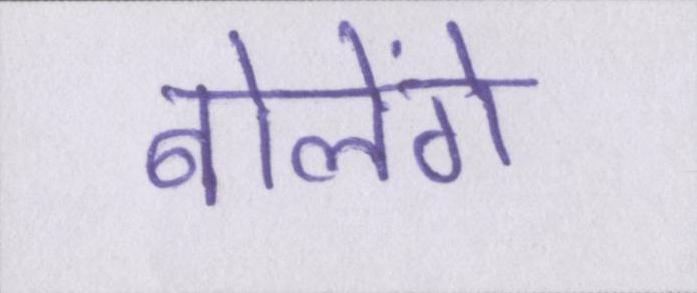
बोलेंगे